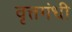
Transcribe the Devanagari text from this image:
वृत्तगंधी